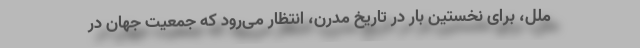
ملل، برای نخستین بار در تاریخ مدرن، انتظار می‌رود که جمعیت جهان در